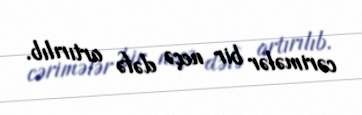
cərimələr bir neçə dəfə artırılıb.